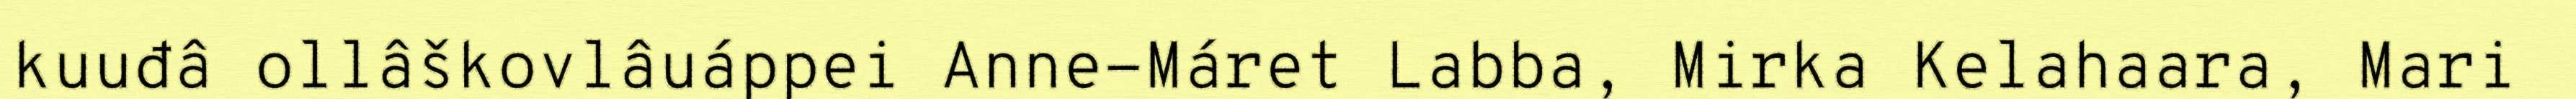
kuuđâ ollâškovlâuáppei Anne-Máret Labba, Mirka Kelahaara, Mari